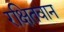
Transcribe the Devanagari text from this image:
रक्षितवान